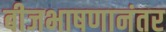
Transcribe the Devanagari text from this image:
बीजभाषणानंतर